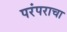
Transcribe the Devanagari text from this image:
परंपराचा